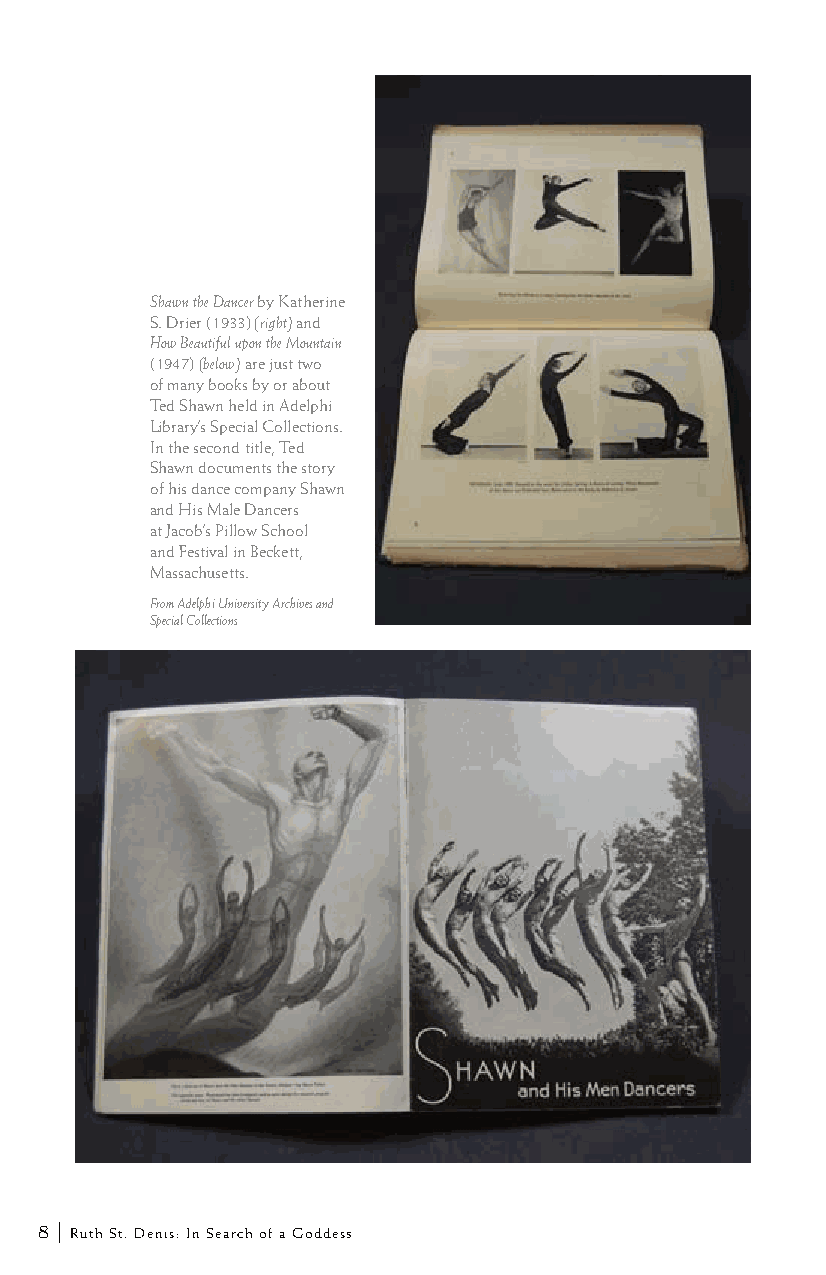
Shawn the Dancer by Katherine
 S. Drier (1933) (right) and
 How Beautiful upon the Mountain
 (1947) (below) are just two
 of many books by or about
 Ted Shawn held in Adelphi
 Library’s Special Collections.
 In the second title, Ted
 Shawn documents the story
 of his dance company Shawn
 and His Male Dancers
 at Jacob’s Pillow School
 and Festival in Beckett,
 Massachusetts.
 From Adelphi University Archives and
 Special Collections
 8 | Ruth St. Denis: In Search of a Goddess